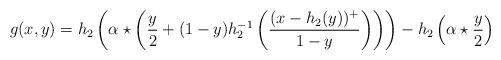
LaTeX: \begin{align*} g(x,y)=h_2\left(\alpha\star\left(\frac{y}{2}+(1-y)h_2^{-1}\left(\frac{(x-h_2(y))^+}{1-y}\right)\right)\right)-h_2\left(\alpha\star \frac{y}{2}\right) \end{align*}